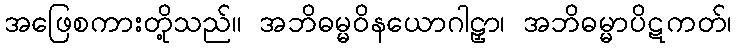
အဖြေစကားတို့သည်။ အဘိဓမ္မဝိနယောဂါဠှာ၊ အဘိဓမ္မာပိဋကတ်၊